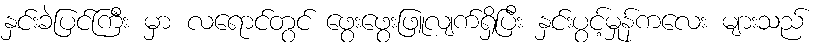
နှင်းခဲပြင်ကြီး မှာ လရောင်တွင် ဖွေးဖွေးဖြူလျက်ရှိပြီး နှင်းပွင့်မှုန်ကလေး များသည်